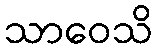
သာဝေသိ